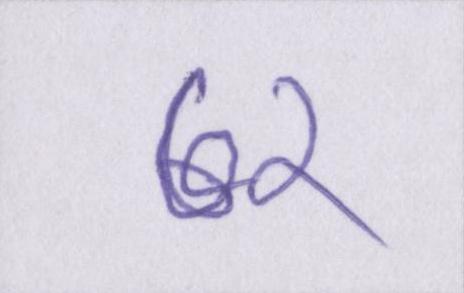
७२